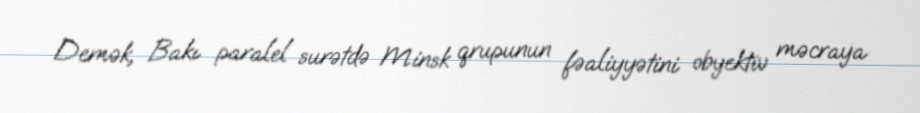
Demək, Bakı paralel surətdə Minsk qrupunun fəaliyyətini obyektiv məcraya